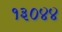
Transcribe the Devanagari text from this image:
१३०४४